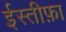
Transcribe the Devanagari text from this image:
ईस्तीफ़ा